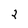
Character: 2